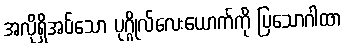
အလိုရှိအပ်သော ပုဂ္ဂိုလ်လေးယောက်ကို ပြသောဂါထာ